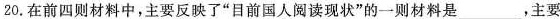
20.在前四则材料中，主要反映了”目前国人阅读现状”的一则材料是___，主要